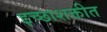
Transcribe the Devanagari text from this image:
इच्छाशक्तीत